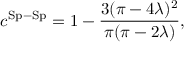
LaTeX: c ^ { \mathrm { S p - S p } } = 1 - \frac { 3 ( \pi - 4 \lambda ) ^ { 2 } } { \pi ( \pi - 2 \lambda ) } ,